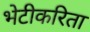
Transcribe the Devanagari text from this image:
भेटीकरिता